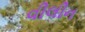
વીલીન